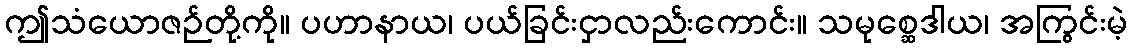
ဤသံယောဇဉ်တို့ကို။ ပဟာနာယ၊ ပယ်ခြင်းငှာလည်းကောင်း။ သမုစ္ဆေဒါယ၊ အကြွင်းမဲ့